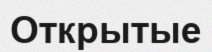
Открытые